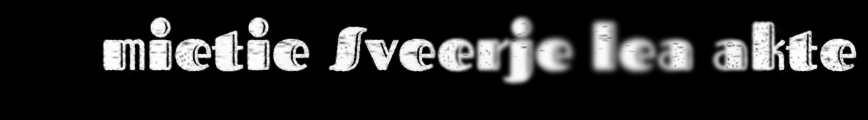
mietie Sveerje lea akte